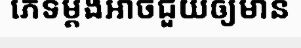
ភេទម្តងអាចជួយឲ្យមាន